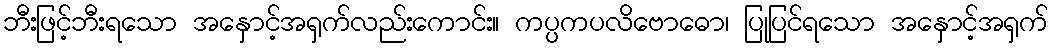
ဘီးဖြင့်ဘီးရသော အနှောင့်အရှက်လည်းကောင်း။ ကပ္ပကပလိဗောဓော၊ ပြုပြင်ရသော အနှောင့်အရှက်